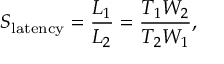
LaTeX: S _ { \mathrm { l a t e n c y } } = { \frac { L _ { 1 } } { L _ { 2 } } } = { \frac { T _ { 1 } W _ { 2 } } { T _ { 2 } W _ { 1 } } } ,